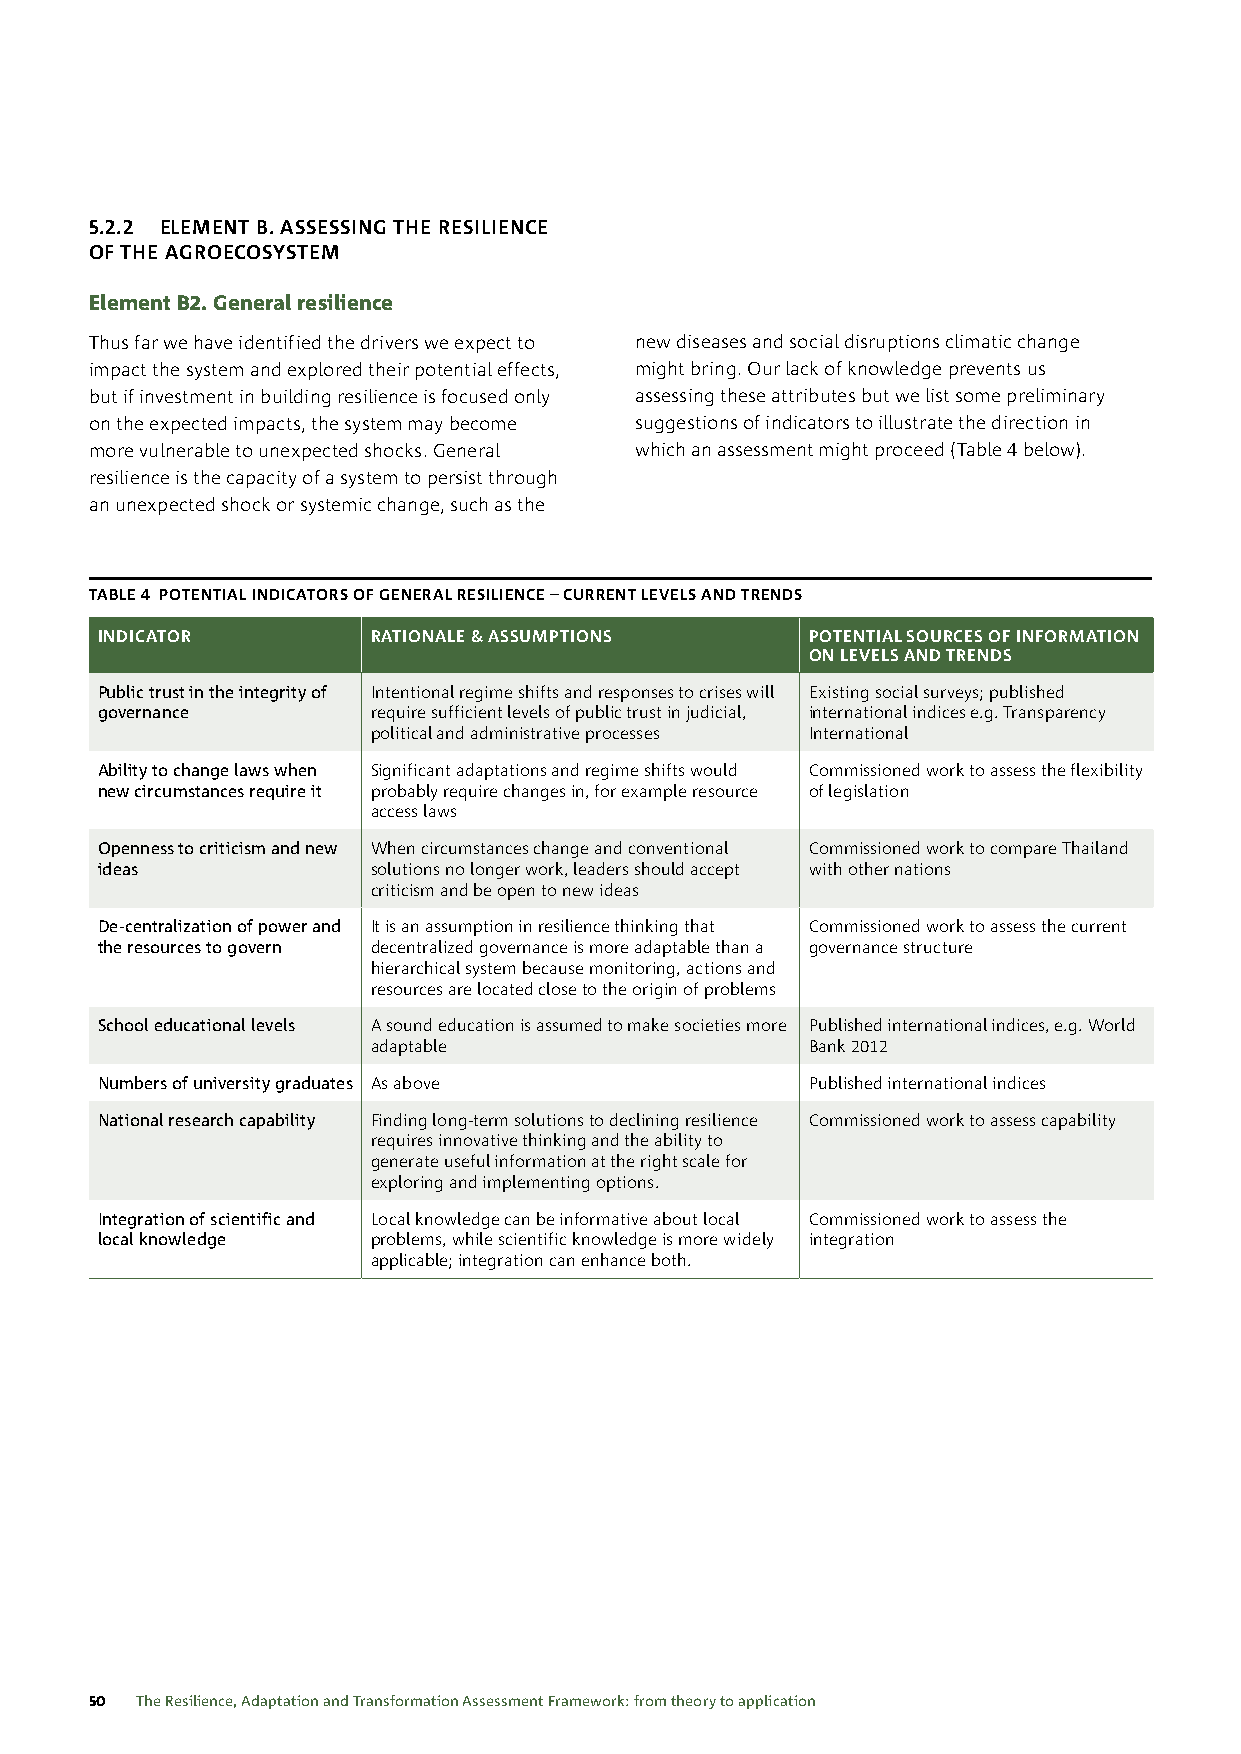
5.2.2 ELEMENT B. ASSESSING THE RESILIENCE
 OF THE AGROECOSYSTEM
 Element B2. General resilience
 Thus far we have identified the drivers we expect to new diseases and social disruptions climatic change
 impact the system and explored their potential effects, might bring. Our lack of knowledge prevents us
 but if investment in building resilience is focused only assessing these attributes but we list some preliminary
 on the expected impacts, the system may become suggestions of indicators to illustrate the direction in
 more vulnerable to unexpected shocks. General which an assessment might proceed (Table 4 below).
 resilience is the capacity of a system to persist through
 an unexpected shock or systemic change, such as the
 TABLE 4 POTENTIAL INDICATORS OF GENERAL RESILIENCE – CURRENT LEVELS AND TRENDS
 INDICATOR          RATIONALE & ASSUMPTIONS     POTENTIAL SOURCES OF INFORMATION
 ON LEVELS AND TRENDS
 Public trust in the integrity of Intentional regime shifts and responses to crises will Existing social surveys; published
 governance         require sufficient levels of public trust in judicial, international indices e.g. Transparency
 political and administrative processes International
 Ability to change laws when Significant adaptations and regime shifts would Commissioned work to assess the flexibility
 new circumstances require it probably require changes in, for example resource of legislation
 access laws
 Openness to criticism and new When circumstances change and conventional Commissioned work to compare Thailand
 ideas              solutions no longer work, leaders should accept with other nations
 criticism and be open to new ideas
 De-centralization of power and It is an assumption in resilience thinking that Commissioned work to assess the current
 the resources to govern decentralized governance is more adaptable than a governance structure
 hierarchical system because monitoring, actions and
 resources are located close to the origin of problems
 School educational levels A sound education is assumed to make societies more Published international indices, e.g. World
 adaptable                   Bank 2012
 Numbers of university graduates As above       Published international indices
 National research capability Finding long-term solutions to declining resilience Commissioned work to assess capability
 requires innovative thinking and the ability to
 generate useful information at the right scale for
 exploring and implementing options.
 Integration of scientific and Local knowledge can be informative about local Commissioned work to assess the
 local knowledge    problems, while scientific knowledge is more widely integration
 applicable; integration can enhance both.
 50 The Resilience, Adaptation and Transformation Assessment Framework: from theory to application